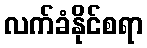
လက်ခံနိုင်စရာ